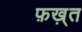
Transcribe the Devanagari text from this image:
फ़ख़्त